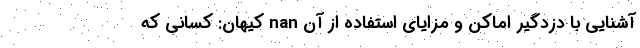
آشنایی با دزدگیر اماکن و مزایای استفاده از آن nan کیهان: کسانی که